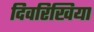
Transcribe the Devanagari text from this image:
दिवरिखिया